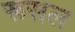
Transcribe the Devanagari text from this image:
रूसल